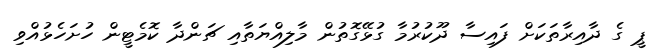
ޕީ ގެ ދާއިރާތަކަށް ފައިސާ ދޫކުރުމާ ގުޅޭގޮތުން މާލިއްޔަތާއި ޗަންދާ ކޮމެޓީން ހުށަހެޅުއްވި